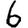
Digit: 6